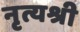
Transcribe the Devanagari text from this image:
नृत्यश्री